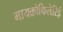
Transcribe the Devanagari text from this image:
मायक्रोफिलेरिई